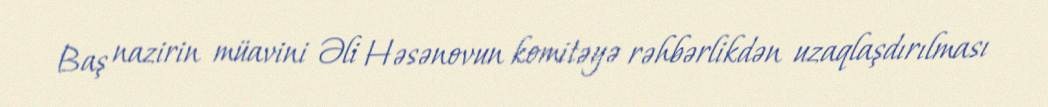
Baş nazirin müavini Əli Həsənovun komitəyə rəhbərlikdən uzaqlaşdırılması